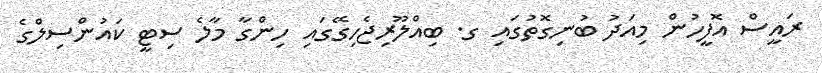
ރައީސް އޮފީހުން މިއަދު ބުނިގޮތުގައި ގ. ބިއްލޫރިޖެހިގޭގައި ހިންގާ މާލެ ސިޓީ ކައުންސިލްގެ